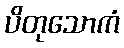
ပိတုသောကံ